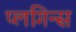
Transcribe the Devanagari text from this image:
प्लगिन्स